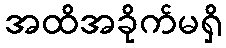
အထိအခိုက်မရှိ